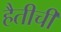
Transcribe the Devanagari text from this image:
हैतीची